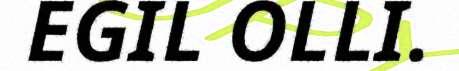
EGIL OLLI.